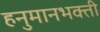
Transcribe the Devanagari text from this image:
हनुमानभक्ती